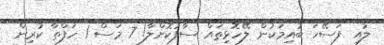
ލުއި ފަސޭހަ ބުއިމަކުން ލޭހޮޅިތައް ސާފުކޮށްލާ! 7 މަސް 1 ހަފްތާ ކުރިން